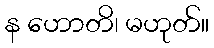
န ဟောတိ၊ မဟုတ်။